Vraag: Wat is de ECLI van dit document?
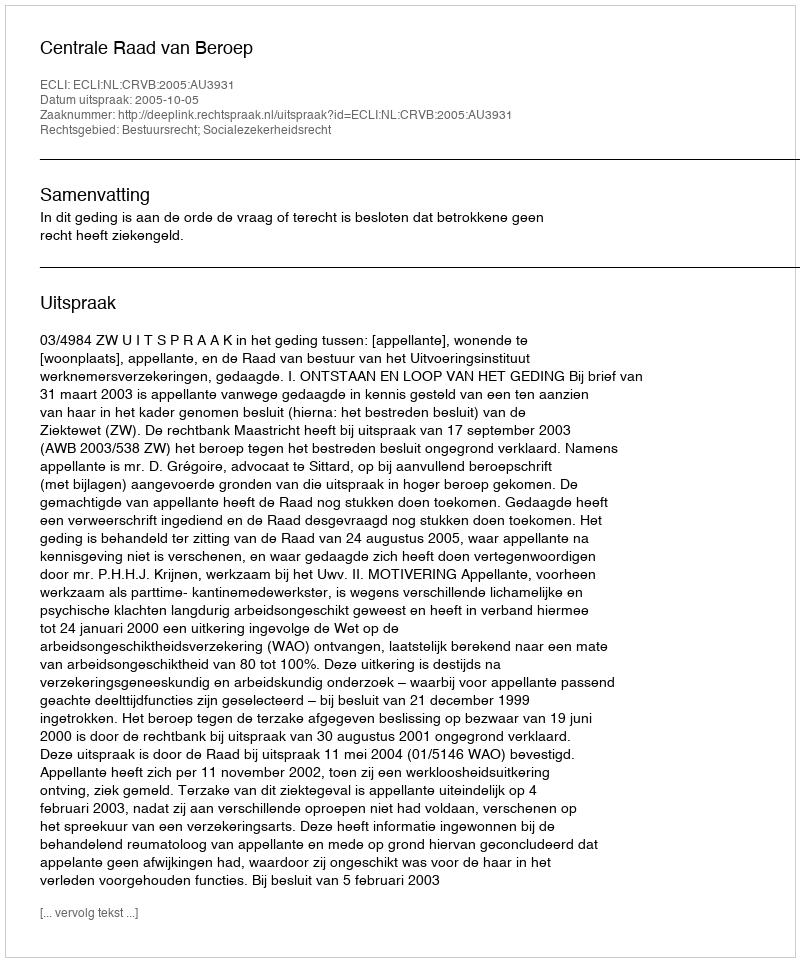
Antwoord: ECLI:NL:CRVB:2005:AU3931